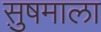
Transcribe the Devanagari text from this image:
सु़षमाला